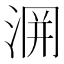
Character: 𭰲